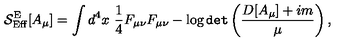
{ \cal S } _ { \mathrm { E f f } } ^ { \mathrm { E } } [ A _ { \mu } ] = \int d ^ { 4 } x \ \frac { 1 } { 4 } F _ { \mu \nu } F _ { \mu \nu } - \log { \tt d e t } \left( \frac { D [ A _ { \mu } ] + i m } { \mu } \right) ,